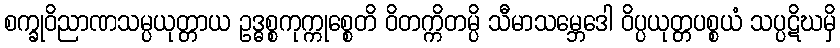
စက္ခုဝိညာဏသမ္ပယုတ္တာယ ဥဒ္ဓစ္စကုက္ကုစ္စေတိ ဝိတက္ကိတမ္ပိ သီမာသမ္ဘေဒေါ ဝိပ္ပယုတ္တပစ္စယံ သပ္ပဋိဃမှိ